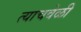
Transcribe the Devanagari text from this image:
त्‍याचवेळी